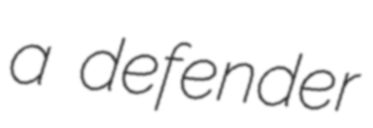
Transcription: a defender